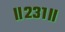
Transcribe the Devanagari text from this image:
॥२३१॥